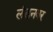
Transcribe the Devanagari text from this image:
लंडनवर